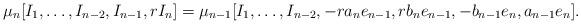
LaTeX: \begin{align*}\mu_n [I_1, \ldots, I_{n-2}, I_{n-1}, r I_n] =\mu_{n-1} [I_1, \ldots, I_{n-2}, -r a_n e_{n-1}, r b_n e_{n-1}, -b_{n-1} e_n, a_{n-1} e_n] .\end{align*}